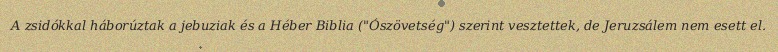
A zsidókkal háborúztak a jebuziak és a Héber Biblia ("Ószövetség") szerint vesztettek, de Jeruzsálem nem esett el.